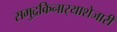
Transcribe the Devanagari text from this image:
समुद्रकिनार्‍याशेजारी